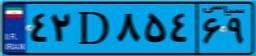
۴۲D۸۵۴۶۹